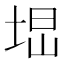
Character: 𡌕